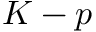
K - p